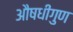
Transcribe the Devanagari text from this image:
औषधीगुण